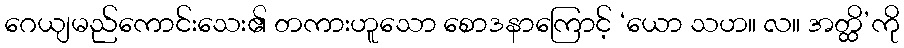
ဂေယျမည်ကောင်းသေး၏ တကားဟူသော စောဒနာကြောင့် ‘ယော သဟ။ လ။ အတ္ထိ’ကို